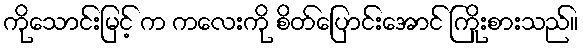
ကိုသောင်းမြင့် က ကလေးကို စိတ်ပြောင်းအောင် ကြိုးစားသည်။